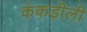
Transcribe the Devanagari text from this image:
कंकड़ीली